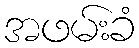
အဖမ်းခံ